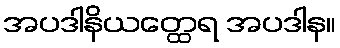
အပဒါနိယတ္ထေရ အပဒါန။